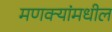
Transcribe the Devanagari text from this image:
मणक्‍यांमधील